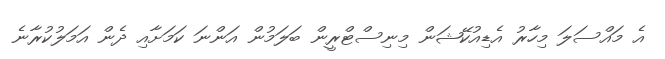
އެ މައްސަލަ މިހާރު އެޑިއުކޭޝަން މިނިސްޓްރީން ބަލަމުން އަންނަ ކަމަށާއި ދެން އަމަލުކުރާނެ